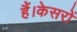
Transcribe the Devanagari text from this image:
हैं।केसरों